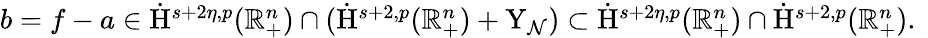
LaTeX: \begin{array}{r}{b=f-a\in\dot{\mathrm{H}}^{s+2\eta,p}(\mathbb{R}_{+}^{n})\cap(\dot{\mathrm{H}}^{s+2,p}(\mathbb{R}_{+}^{n})+\mathrm{Y}_{\mathcal{N}})\subset\dot{\mathrm{H}}^{s+2\eta,p}(\mathbb{R}_{+}^{n})\cap\dot{\mathrm{H}}^{s+2,p}(\mathbb{R}_{+}^{n})\mathrm{.~}}\end{array}